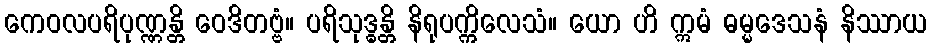
ကေဝလပရိပုဏ္ဏန္တိ ဝေဒိတဗ္ဗံ။ ပရိသုဒ္ဓန္တိ နိရုပက္ကိလေသံ။ ယော ဟိ ဣမံ ဓမ္မဒေသနံ နိဿာယ